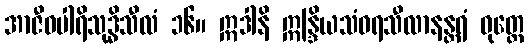
အာဇီဝပါရိသုဒ္ဓိသီလံ ၁၆။ ဣဒါနိ ဣန္ဒြိယသံဝရသီလာနန္တရံ ဝုတ္တေ